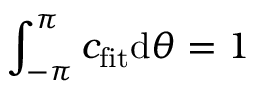
\int _ { - \pi } ^ { \pi } c _ { \mathrm { f i t } } \mathrm { d } \theta = 1